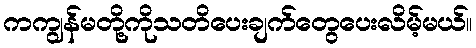
ကကျွန်မတို့ကိုသတိပေးချက်တွေပေးလိမ့်မယ်။